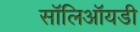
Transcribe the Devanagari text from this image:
सॉलिऑयडी